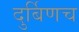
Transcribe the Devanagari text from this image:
दुर्बिणच